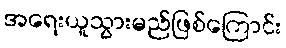
အရေးယူသွားမည်ဖြစ်ကြောင်း